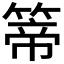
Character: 𥰆